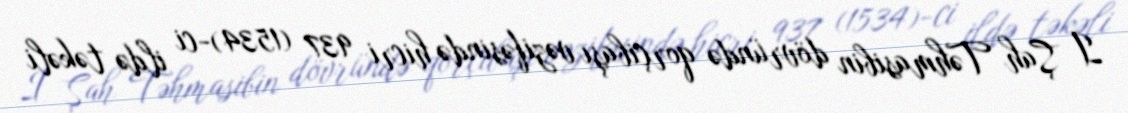
I Şah Təhmasibin dövründə qorçibaşı vəzifəsində hicri 937 (1534)-ci ildə təkəli